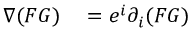
\begin{array} { r l } { \nabla ( F G ) } & { { } = e ^ { i } \partial _ { i } ( F G ) } \end{array}